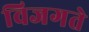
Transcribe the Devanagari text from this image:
विजगते